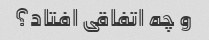
و چه اتفاقی افتاد؟